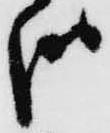
哉